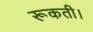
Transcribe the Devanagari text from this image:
रूकती।